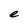
Character: e